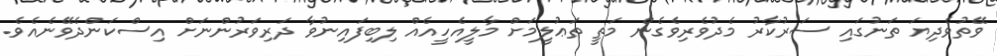
ވޭތުވެދިޔަ ތަނުގައި ސަރުކާރު މެދުވެރިވެގެން މަތީ ތަޢުލީމަށް މާލީއެހީއެއް ލިބިފައިނުވާ ދަރިވަރުންނަށް އިސްކަންދެވޭނެއެވެ.